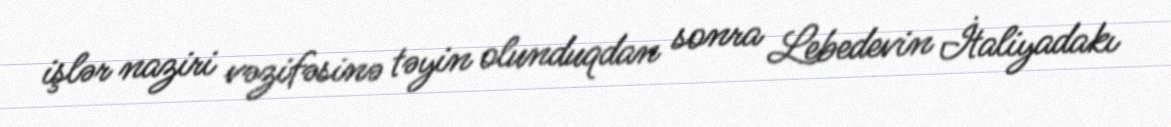
işlər naziri vəzifəsinə təyin olunduqdan sonra Lebedevin İtaliyadakı